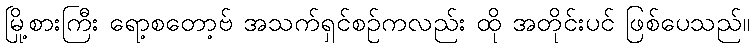
မြို့စားကြီး ရော့စတော့ဗ် အသက်ရှင်စဉ်ကလည်း ထို အတိုင်းပင် ဖြစ်ပေသည်။